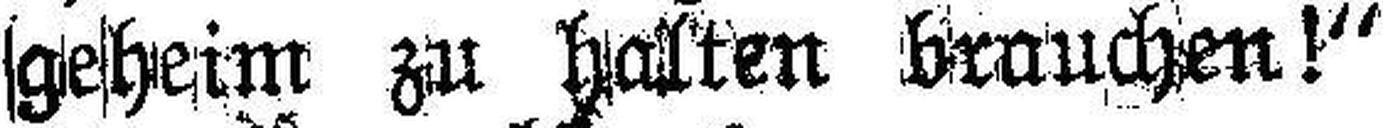
geheim zu halten brauchen!“